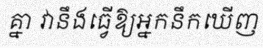
គ្នា វានឹងធ្វើឱ្យអ្នកនឹកឃើញ